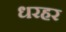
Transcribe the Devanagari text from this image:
धरहर